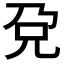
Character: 𰃋